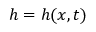
h = h ( x , t )